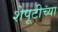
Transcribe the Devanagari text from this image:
शेपूटीच्या